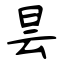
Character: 昙